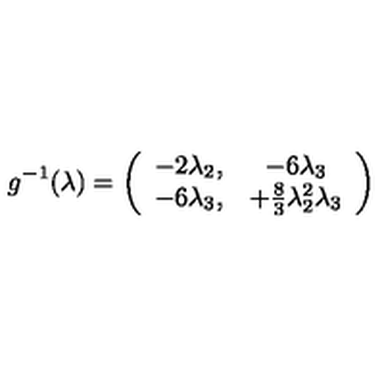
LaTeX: g ^ { - 1 } ( \lambda ) = \left( \begin{array} { c c } { - 2 \lambda _ { 2 } , } & { - 6 \lambda _ { 3 } } \\ { - 6 \lambda _ { 3 } , } & { + \frac 8 3 \lambda _ { 2 } ^ { 2 } \lambda _ { 3 } } \\ \end{array} \right)